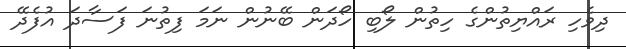
ދިވެހި ރައްޔިތުންގެ ހިތުން ލޯބި ހޯދަން ބޭނުން ނަމަ ފިތުނަ ފަސާދަ އުފެދޭ